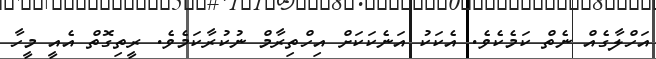
އަހްލާގެއް ނެތް ކަމެކެވެ. އެކަކު އަނެކަކަށް އިހްތިރާމް ނުކުރާކަމެވެ. ރީތިގޮތް އެއީ މީހާ